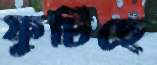
ফুটিছে